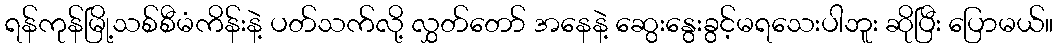
ရန်ကုန်မြို့သစ်စီမံကိန်းနဲ့ ပတ်သက်လို့ လွှတ်တော် အနေနဲ့ ဆွေးနွေးခွင့်မရသေးပါဘူး ဆိုပြီး ပြောမယ်။